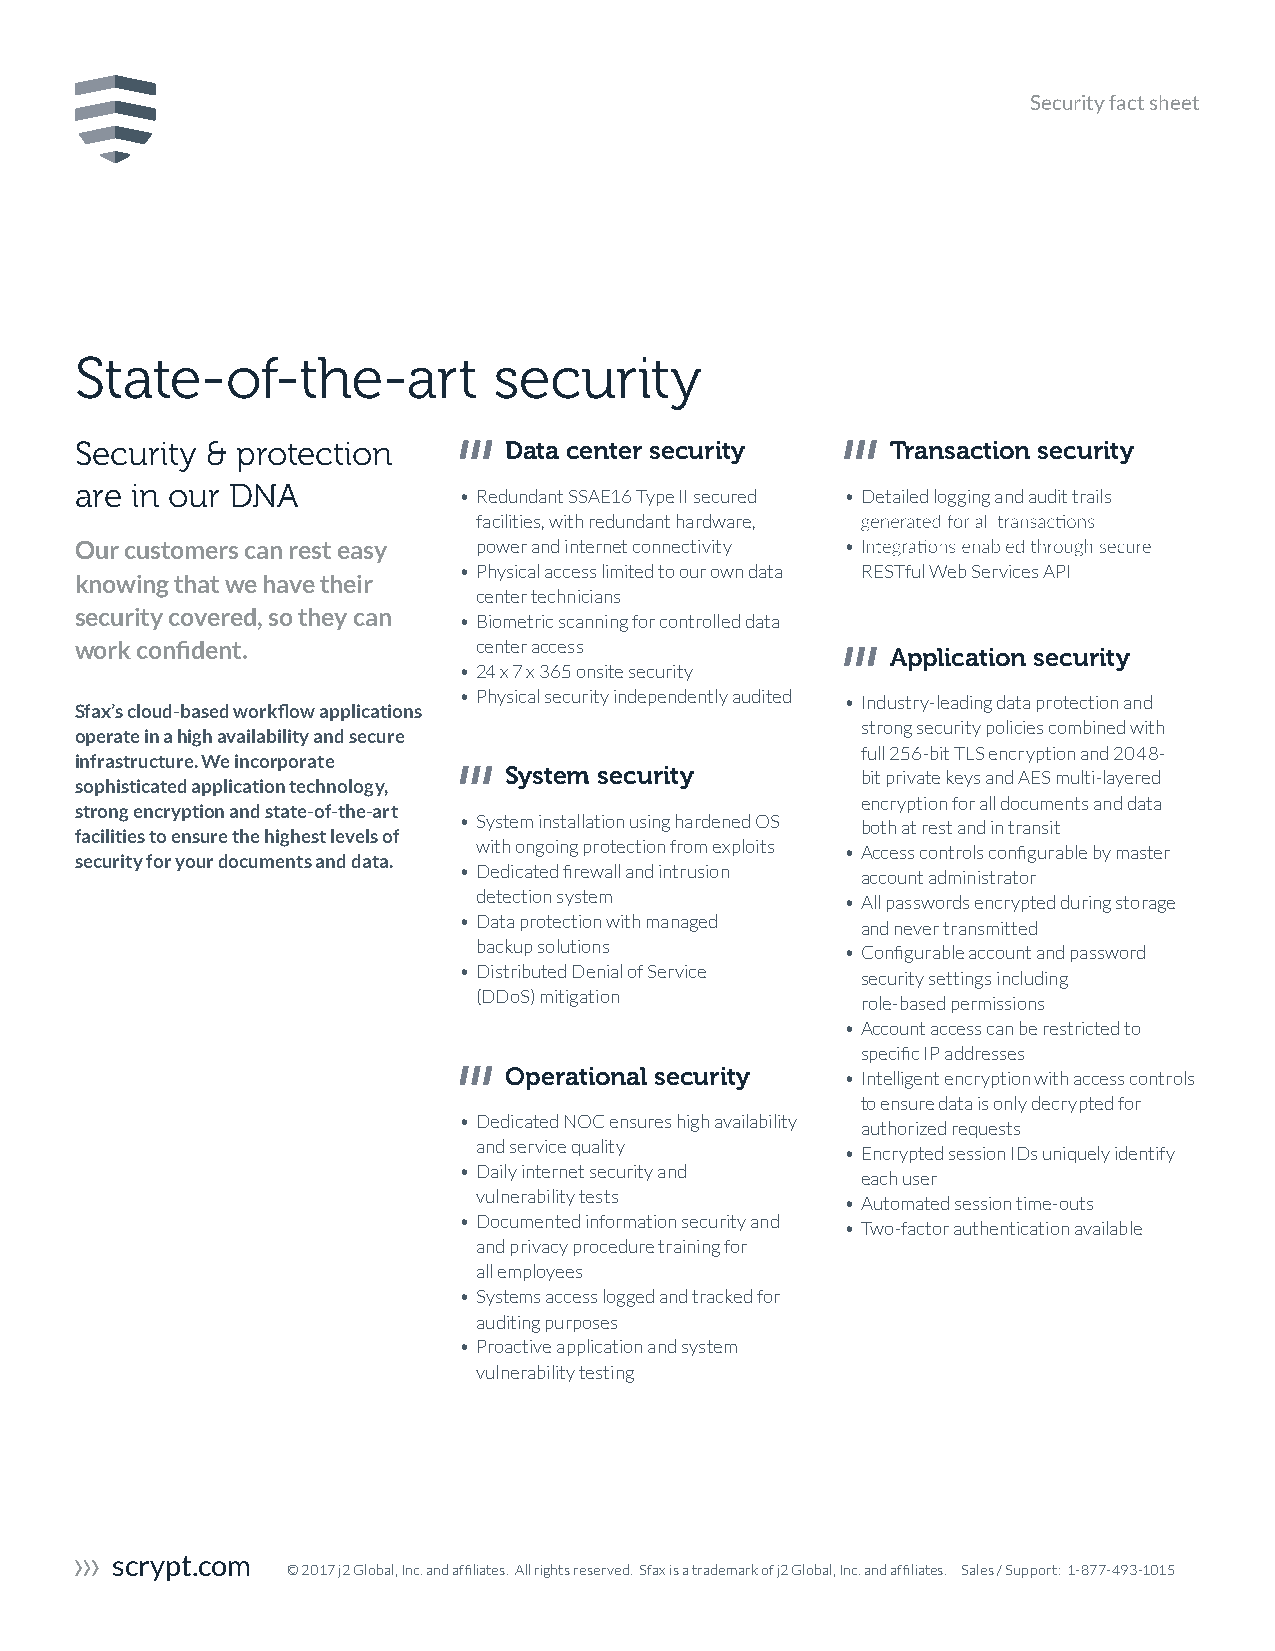
Security fact sheet
 State-of-the-art            security
 Security & protection       Data center security      Transaction security
 are in our DNA           • Redundant SSAE16 Type II secured • Detailed logging and audit trails
 facilities, with redundant hardware,
 Our customers can rest easy power and internet connectivity •
 • Physical access limited to our own data RESTful Web Services API
 knowing that we have their
 center technicians
 security covered, so they can
 • Biometric scanning for controlled data
 work confident.            center access
 Application security
 • 24 x 7 x 365 onsite security
 • Physical security independently audited • Industry-leading data protection and
 Sfax’s cloud-based workflow applications
 strong security policies combined with
 operate in a high availability and secure
 full 256-bit TLS encryption and 2048-
 infrastructure. We incorporate
 System security         bit private keys and AES multi-layered
 sophisticated application technology,
 encryption for all documents and data
 strong encryption and state-of-the-art
 • System installation using hardened OS both at rest and in transit
 facilities to ensure the highest levels of
 with ongoing protection from exploits • Access controls configurable by master
 security for your documents and data.
 • Dedicated firewall and intrusion account administrator
 detection system
 • All passwords encrypted during storage
 • Data protection with managed
 and never transmitted
 backup solutions        • Configurable account and password
 • Distributed Denial of Service
 security settings including
 (DDoS) mi tigation
 role-based permissions
 • Account access can be restricted to
 specific IP addresses
 Operational security   • Intelligent encryption with access controls
 to ensure data is only decrypted for
 • Dedicated NOC ensures high availability
 authorized requests
 and service quality
 • Encrypted session IDs uniquely identify
 • Daily internet security and
 each user
 vulnerability tests
 • Automated session time-outs
 • Documented information security and
 • Two-factor authentication available
 and privacy procedure training for
 all employees
 • Systems access logged and tracked for
 auditing purposes
 • Proactive application and system
 vulnerability testing
 scrypt.com
 © 2017 j2 Global, Inc. and affiliates. All rights reserved. Sfax is a trademark of j2 Global, Inc. and affiliates. Sales / Support: 1-877-493-1015